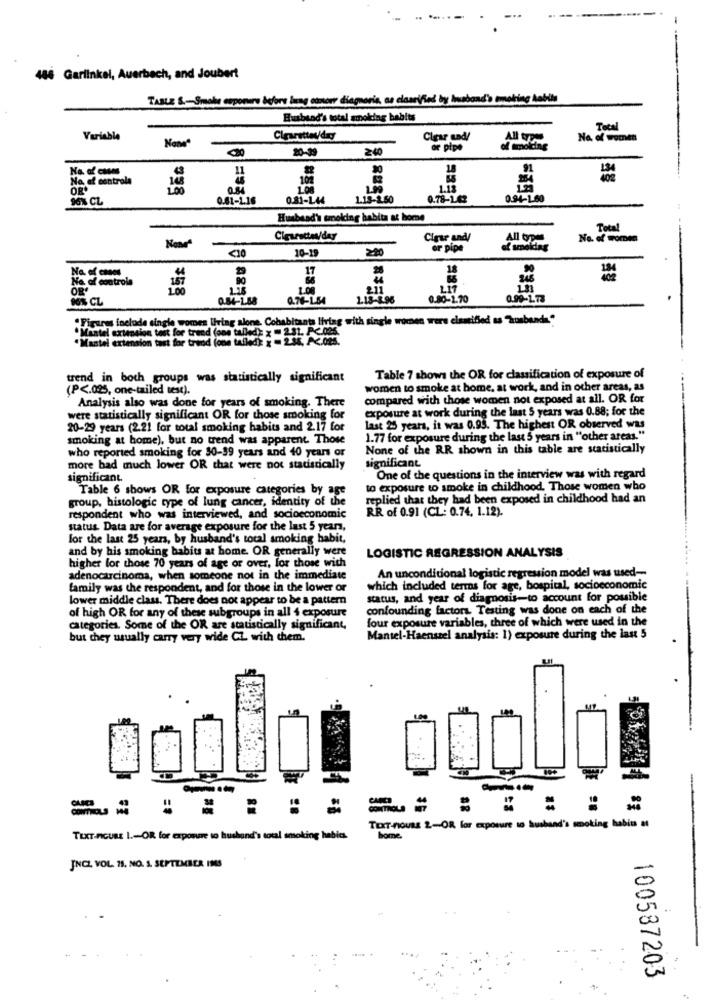
486 Garlinkel, Auerbach, and Joubert
TABLE S .- Smoke esporre before laag ctnorr diagnoris, as claarified by husband's smoking Aablis
Husband's total smoking habits
Total
Variable
Clear und/
No. of women
20-39
2.40
or pipe
Na. of cases
11
-90
18
Na, of controla
10%
OR
1.99
1.13
96% CL
0.41-1.16
0.81-144
1.18-2.50
0.78-1.42
0.94-1.60
Husbead's smoking habita at home
Total
Cigar andy
All Op
No. of women
10-19
220
or pipe
of smoidag
No. of casas
17
18
No. of controls
157
OR'
2.00
211
LIT
OG% CL
0.84-1.58
0.76-1.54
1.18-1.96
0.80-1.70
0.99-1.73
"Pisar include single womes Ihring alone. Cohabitants living with single women were elsasified as husband="
· Mantel extension tast for treod (one tallede x - 2.35, Ac.025.
atel cortension test for trend (one tallede x = 2.31. P< 025
trend in both groups was statistically significant
Table 7 shows the OR for classification of exposure of
(P <. 025, one-tailed test).
women to smoke at home, at work, and in other areas, as
Analysis also was done for years of smoking. There
compared with those women not exposed at all. OR for
exposure at work during the last 5 years was 0.88; for the
were statistically significant OR for those smoking for
20-29 years (2.21 for total smoking habits and 2.17 for
last 25 years, it was 0.95. The highest OR observed was
smoking at home), but no trend was apparent. Those
1.77 for exposure during the last 5 years in "other areas."
None of the RR shown in this table are statistically
who reported smoking for 30-39 years and 40 years or
significant
more bad much lower OR that were not statistically
significant.
One of the questions in the interview was with regard
Table 6 shows OR for exposure categories by age
to exposure to smoke in childhood. Those women who
group, histologic type of lung cancer, identity of the
replied that they had been exposed in childhood had an
RR of 0.91 (CL: 0.74, 1.12).
respondent who was interviewed, and socioeconomic
status. Data are for average exposure for the last 5 years,
for the last 25 years, by husband's total smoking habit,
and by his smoking habits at home. OR generally were
LOGISTIC REGRESSION ANALYSIS
higher for those 70 years of age or over, for those with
An unconditional logistic regression model was used --
adenocarcinoma, when someone not in the immediate
family was the respondent, and for those in the lower or
which included terms for age, bospital, socioeconomic
lower middle class. There does not appear to be a pattern
status, and year of diagnosis-to account for possible
of high OR for any of these subgroups in all 4 exposure
confounding factors. Testing was done on each of the
four exposure variables, three of which were used in the
categories. Some of the OR are statistically significant,
but they usually carry very wide CL with them.
Mantel-Haenszel analysis: 1) exposure during the last 5
TEXT-nouss 2-OR for exposure to husband's smoking habits #
TEXT-FIGURE I .~ OR for exponme to husband's total smoking habits.
home.
JNCL VOL. 11. NO. 3. SEPTEMBER INS
100587203